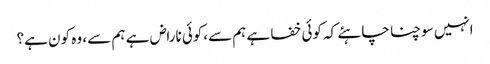
انہیں سوچنا چاہئے کہ کوئی خفا ہے ہم سے،کوئی ناراض ہے ہم سے ، وہ کون ہے؟